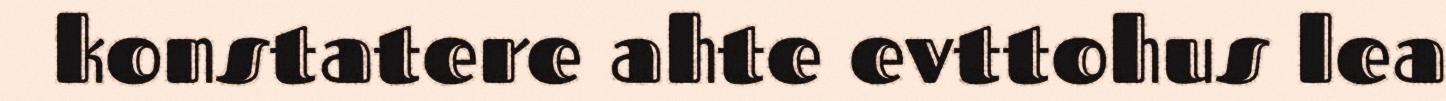
konstatere ahte evttohus lea